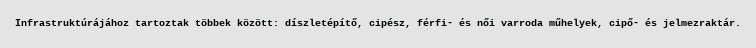
Infrastruktúrájához tartoztak többek között: díszletépítő, cipész, férfi- és női varroda műhelyek, cipő- és jelmezraktár.